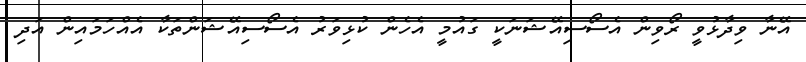
އޭނާ ވިދާޅުވީ ރޯވިން އެސޯސިއޭޝަނަކީ ގައުމީ އެހެން ކުޅިވަރު އެސޯސިއޭޝަންތަކާ އެއްހަމައިން އަދި